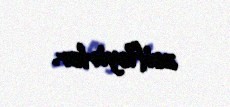
zəifləyirlər.